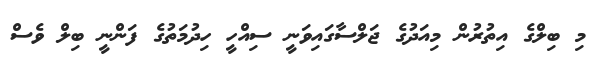
މި ބިލްގެ އިތުރުން މިއަދުގެ ޖަލްސާގައިވަނީ ސިއްހީ ހިދުމަތުގެ ފަންނީ ބިލް ވެސް